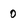
Character: 0